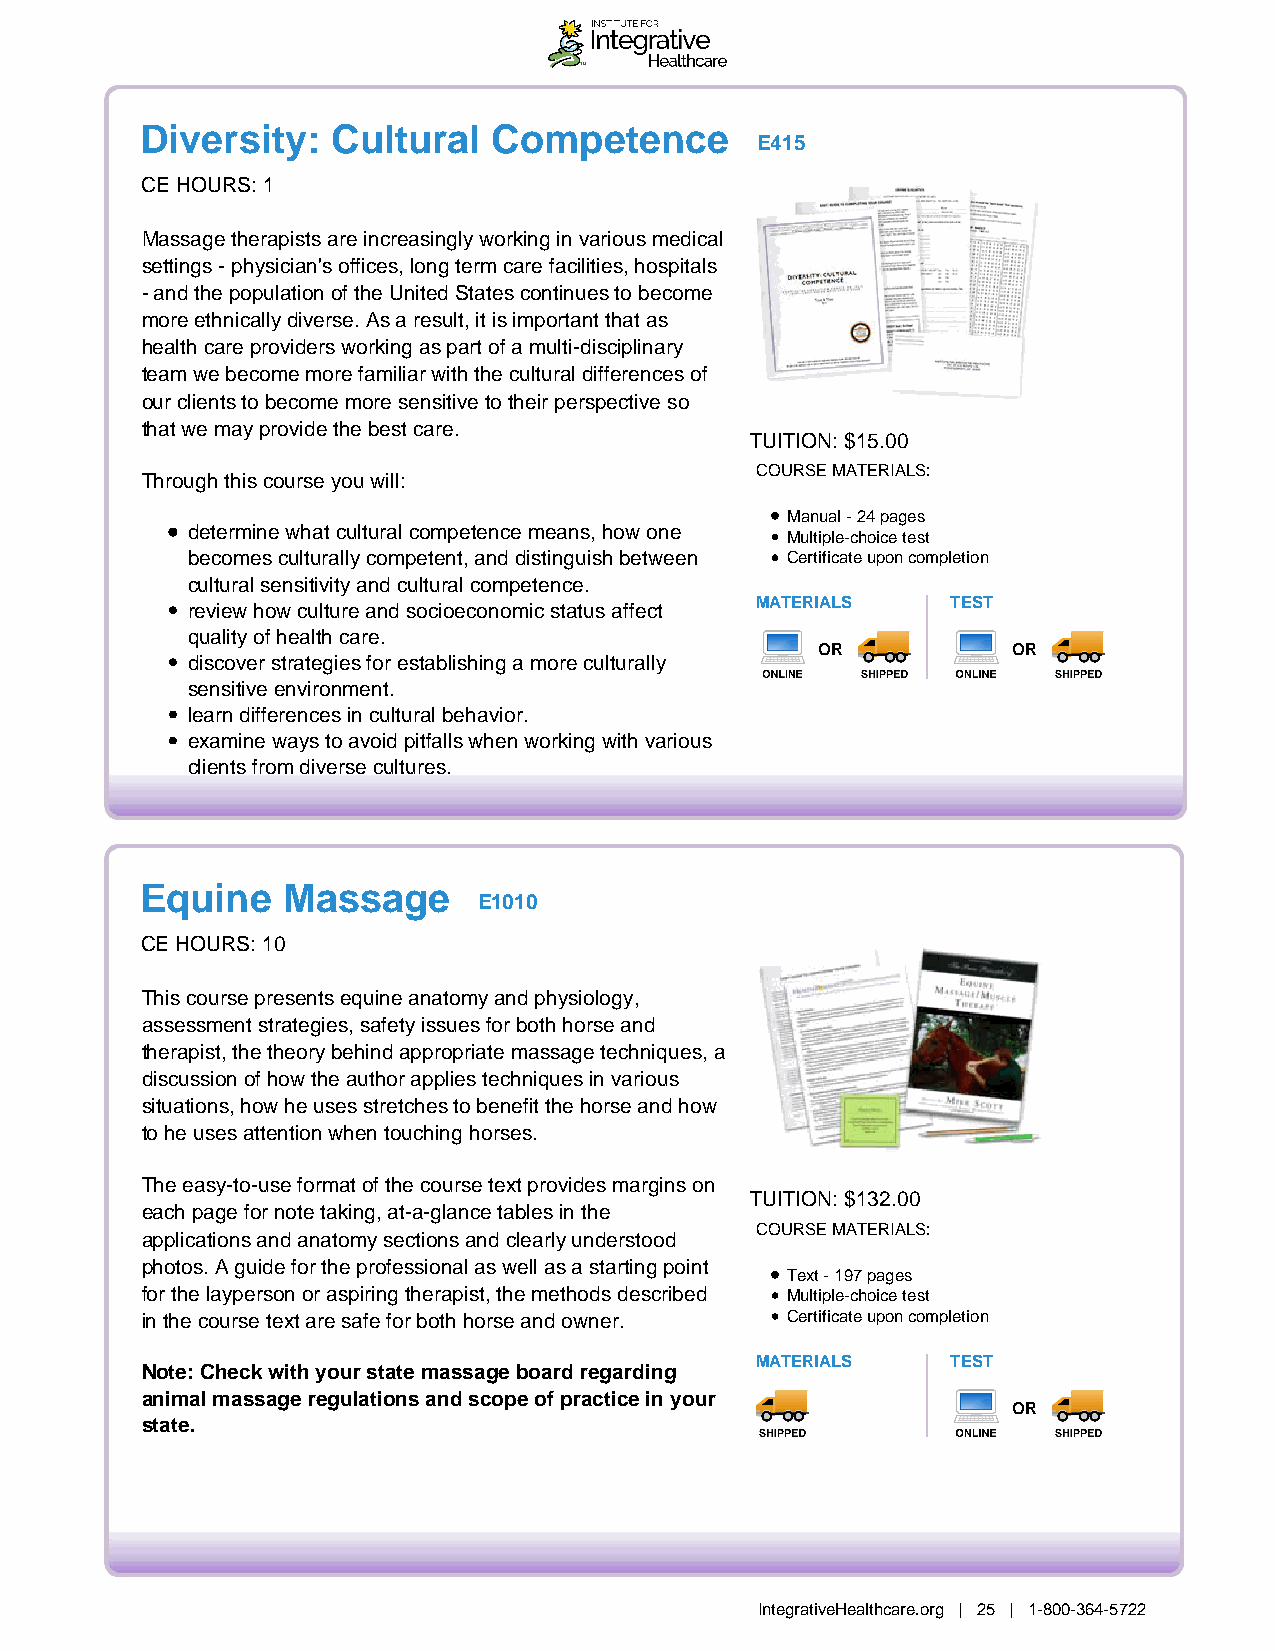
Diversity:   Cultural   Competence
 E415
 CE HOURS: 1
 Massage therapists are increasingly working in various medical
 settings - physician's offices, long term care facilities, hospitals
 - and the population of the United States continues to become
 more ethnically diverse. As a result, it is important that as
 health care providers working as part of a multi-disciplinary
 team we become more familiar with the cultural differences of
 our clients to become more sensitive to their perspective so
 that we may provide the best care.
 TUITION: $15.00
 COURSE MATERIALS:
 Through this course you will:
 Manual - 24 pages
 determine what cultural competence means, how one
 Multiple-choice test
 becomes culturally competent, and distinguish between Certificate upon completion
 cultural sensitivity and cultural competence.
 review how culture and socioeconomic status affect MATERIALS TEST
 quality of health care.
 OR           OR
 discover strategies for establishing a more culturally
 sensitive environment.
 learn differences in cultural behavior.
 examine ways to avoid pitfalls when working with various
 clients from diverse cultures.
 Equine    Massage
 E1010
 CE HOURS: 10
 This course presents equine anatomy and physiology,
 assessment strategies, safety issues for both horse and
 therapist, the theory behind appropriate massage techniques, a
 discussion of how the author applies techniques in various
 situations, how he uses stretches to benefit the horse and how
 to he uses attention when touching horses.
 The easy-to-use format of the course text provides margins on
 TUITION: $132.00
 each page for note taking, at-a-glance tables in the
 COURSE MATERIALS:
 applications and anatomy sections and clearly understood
 photos. A guide for the professional as well as a starting point
 Text - 197 pages
 for the layperson or aspiring therapist, the methods described Multiple-choice test
 in the course text are safe for both horse and owner. Certificate upon completion
 MATERIALS    TEST
 Note: Check with your state massage board regarding
 animal massage regulations and scope of practice in your
 OR
 state.
 IntegrativeHealthcare.org | 25 | 1-800-364-5722